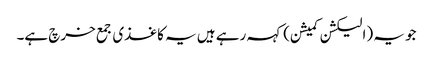
جو یہ (الیکشن کمیشن) کہہ رہے ہیں یہ کاغذی جمع خرچ ہے۔